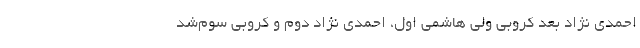
احمدی نژاد بعد کروبی ولی هاشمی اول، احمدی نژاد دوم و کروبی سوم‌شد